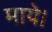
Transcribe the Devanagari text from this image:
माये।